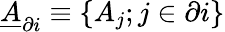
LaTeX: \underline{{A}}_{\partial i}\equiv\{ A_{j};j\in\partial i\}